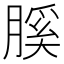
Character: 膎